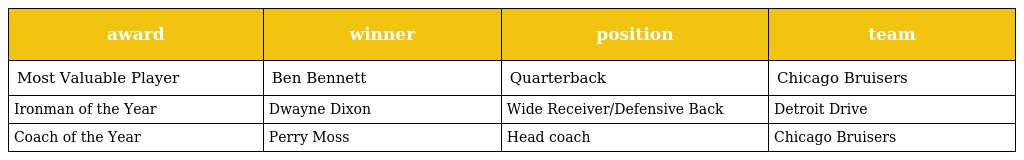
| award | winner | position | team |
 | --- | --- | --- | --- |
 | Most Valuable Player | Ben Bennett | Quarterback | Chicago Bruisers |
 | Ironman of the Year | Dwayne Dixon | Wide Receiver/Defensive Back | Detroit Drive |
 | Coach of the Year | Perry Moss | Head coach | Chicago Bruisers |